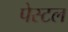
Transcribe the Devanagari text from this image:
पेस्‍टल